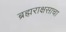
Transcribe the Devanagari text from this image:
ब्रह्मराक्षसाचा